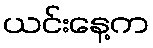
ယင်းနေ့က